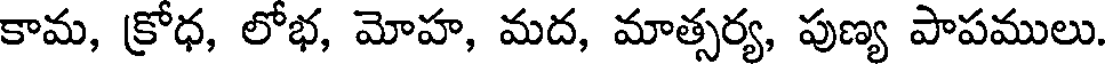
కామ, క్రోధ, లోభ, మోహ, మద, మాత్సర్య, పుణ్య పాపములు.